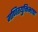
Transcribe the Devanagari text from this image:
गणितयुक्तिभाषा